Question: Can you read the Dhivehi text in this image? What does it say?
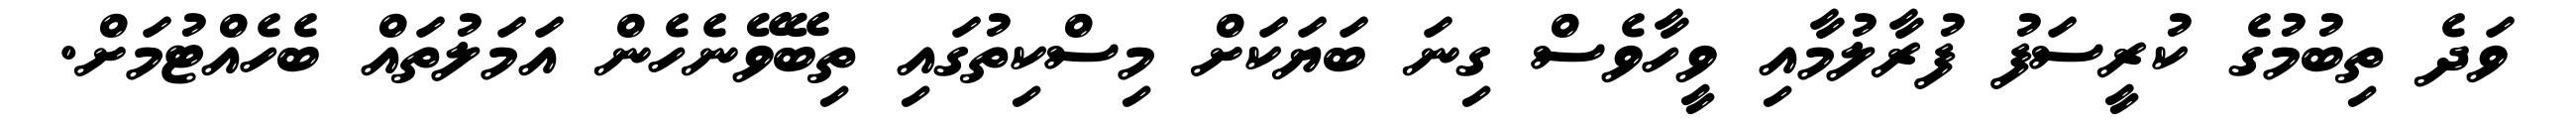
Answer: ވަދެ ތިބުމުގެ ކުރީސަފު ފުރާލުމާއި ވީހާވެސް ގިނަ ބަޔަކަށް މިސްކިތުގައި ތިބޭވޭނެހެން އަމަލުތައް ބެހެއްޓުމަށް.